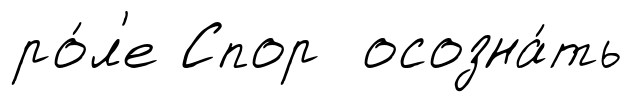
ро́л'е Спор осозна́ть